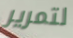
لتمرير